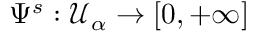
\Psi ^ { s } : \mathcal { U } _ { \alpha } \to [ 0 , + \infty ]